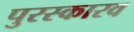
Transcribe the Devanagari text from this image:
पुरस्कारव